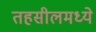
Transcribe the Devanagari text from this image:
तहसीलमध्ये